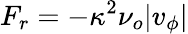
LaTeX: F_{r}=-\kappa^{2}\nu_{o}|v_{\phi}|